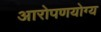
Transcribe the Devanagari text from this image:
आरोपणयोग्य